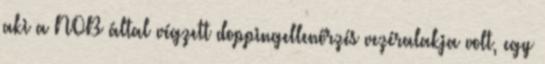
aki a NOB által végzett doppingellenőrzés vezéralakja volt, egy